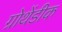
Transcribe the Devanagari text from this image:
ग्रोथेंडीक